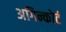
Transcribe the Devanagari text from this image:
अगिन्कोर्ट